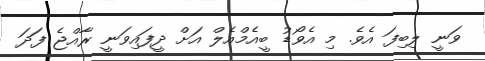
ވަނީ ލިބިފަ އެވެ. މި އެވޯޑު ބީއެމްއެލް އަށް ދީފައިވަނީ ރާއްޖެ ފަދަ